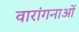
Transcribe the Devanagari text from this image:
वारांगनाओं